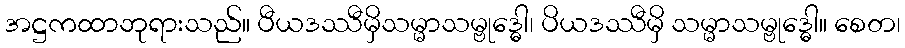
အဋ္ဌကထာဘုရားသည်။ ပီယဒဿီမှိသမ္မာသမ္ဗုဒ္ဓေါ၊ ပိယဒဿီမှိ သမ္မာသမ္ဗုဒ္ဓေါ။ စေတ၊